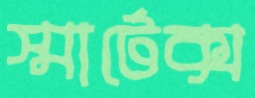
স্মার্টেক্স